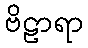
ဗိဠာရာ